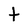
Character: t